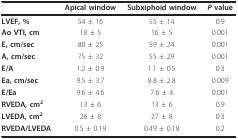
<table><thead><tr><td></td><td><b>Apical window</b></td><td><b>Subxiphoid window</b></td><td><b><i>P </i>value</b></td></tr></thead><tbody><tr><td><b>LVEF, %</b></td><td>54 ± 16</td><td>55 ± 14</td><td>0.9</td></tr><tr><td><b>Ao VTI, cm</b></td><td>18 ± 5</td><td>16 ± 5</td><td>0.001</td></tr><tr><td><b>E, cm/sec</b></td><td>80 ± 25</td><td>59 ± 24</td><td>0.001</td></tr><tr><td><b>A, cm/sec</b></td><td>75 ± 32</td><td>55 ± 29</td><td>0.001</td></tr><tr><td><b>E/A</b></td><td>1.2 ± 0.9</td><td>1.1 ± 0.5</td><td>0.3</td></tr><tr><td><b>Ea, cm/sec</b></td><td>9.5 ± 3.7</td><td>8.8 ± 2.8</td><td>0.009</td></tr><tr><td><b>E/Ea</b></td><td>9.6 ± 4.6</td><td>7.6 ± 4</td><td>0.001</td></tr><tr><td><b>RVEDA, cm<sup>2</sup></b></td><td>13 ± 6</td><td>13 ± 6</td><td>0.9</td></tr><tr><td><b>LVEDA, cm<sup>2</sup></b></td><td>26 ± 8</td><td>27 ± 8</td><td>0.3</td></tr><tr><td><b>RVEDA/LVEDA</b></td><td>0.5 ± 0.19</td><td>0.49 ± 0.18</td><td>0.2</td></tr></tbody></table>